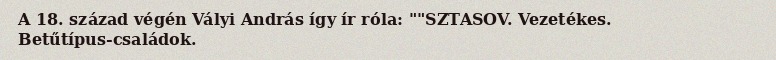
A 18. század végén Vályi András így ír róla: ""SZTASOV. Vezetékes. Betűtípus-családok.